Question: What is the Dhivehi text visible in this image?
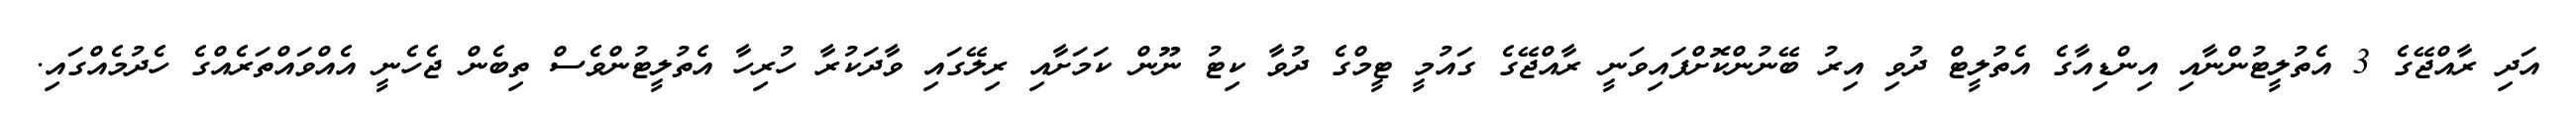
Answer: އަދި ރާއްޖޭގެ 3 އެތުލީޓުންނާއި އިންޑިއާގެ އެތުލީޓް ދުވި އިރު ބޭނުންކޮށްފައިވަނީ ރާއްޖޭގެ ގައުމީ ޓީމްގެ ދުވާ ކިޓު ނޫން ކަމަށާއި ރިލޭގައި ވާދަކުރާ ހުރިހާ އެތުލީޓުންވެސް ތިބެން ޖެހެނީ އެއްވައްތަރެއްގެ ހެދުމެއްގައި.